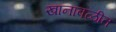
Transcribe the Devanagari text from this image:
खानावळीत